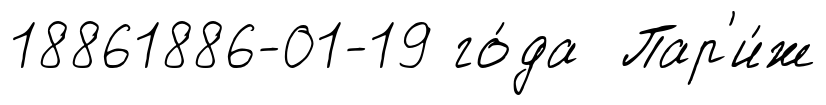
18861886-01-19 го́да Пар'и́ж